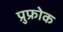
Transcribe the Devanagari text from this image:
प्रुफ्रोक